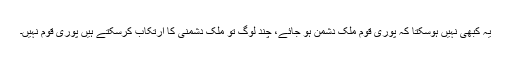
یہ کبھی نہیں ہوسکتا کہ پوری قوم ملک دشمن ہو جائے، چند لوگ تو ملک دشمنی کا ارتکاب کرسکتے ہیں پوری قوم نہیں۔